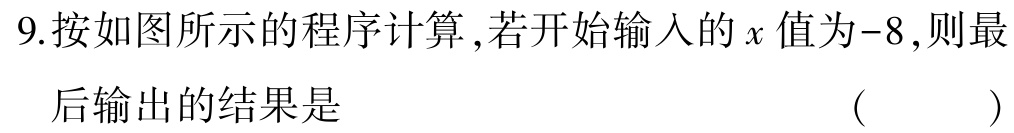
9.按如图所示的程序计算,若开始输入的\(x\)值为\(-8\),则最后输出的结果是 （  ）